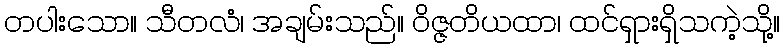
တပါးသော။ သီတလံ၊ အချမ်းသည်။ ဝိဇ္ဇတိယထာ၊ ထင်ရှားရှိသကဲ့သို့။